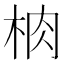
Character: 𱣑